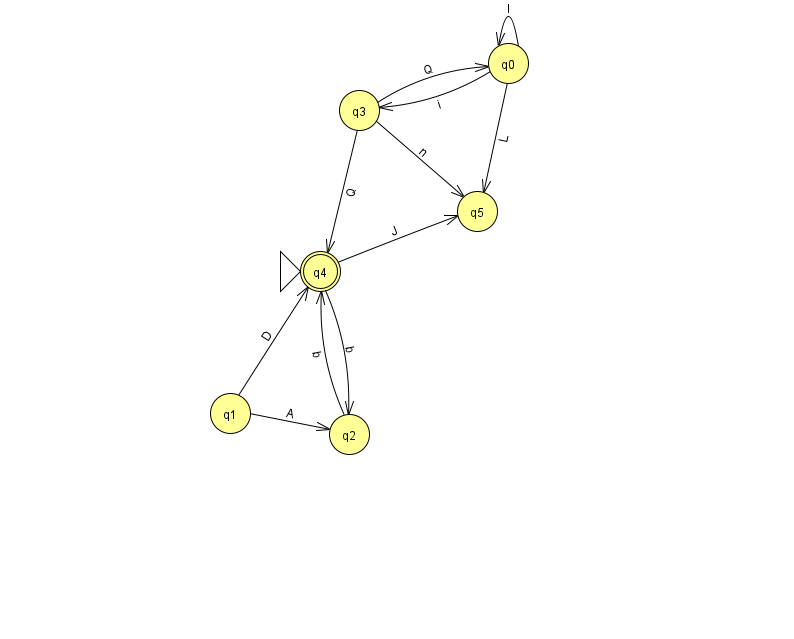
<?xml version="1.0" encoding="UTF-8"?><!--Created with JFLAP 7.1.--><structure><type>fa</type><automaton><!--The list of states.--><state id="0" name="q0"><x>508.0</x><y>50.0</y></state><state id="1" name="q1"><x>230.0</x><y>400.0</y></state><state id="2" name="q2"><x>349.0</x><y>421.0</y></state><state id="3" name="q3"><x>359.0</x><y>97.0</y></state><state id="4" name="q4"><x>320.0</x><y>258.0</y><initial/><final/></state><state id="5" name="q5"><x>477.0</x><y>198.0</y></state><!--The list of transitions.--><transition><from>4</from><to>5</to><read>J</read></transition><transition><from>0</from><to>5</to><read>L</read></transition><transition><from>3</from><to>5</to><read>n</read></transition><transition><from>2</from><to>4</to><read>b</read></transition><transition><from>3</from><to>0</to><read>Q</read></transition><transition><from>4</from><to>2</to><read>b</read></transition><transition><from>3</from><to>4</to><read>Q</read></transition><transition><from>1</from><to>4</to><read>D</read></transition><transition><from>0</from><to>3</to><read>i</read></transition><transition><from>0</from><to>0</to><read>l</read></transition><transition><from>1</from><to>2</to><read>A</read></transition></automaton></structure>